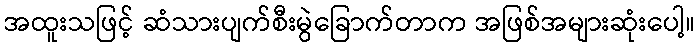
အထူးသဖြင့် ဆံသားပျက်စီးမွဲခြောက်တာက အဖြစ်အများဆုံးပေါ့။